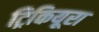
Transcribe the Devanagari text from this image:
ट्रिकियूरा